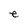
Character: e